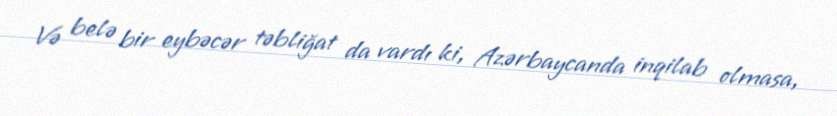
Və belə bir eybəcər təbliğat da vardı ki, Azərbaycanda inqilab olmasa,